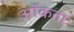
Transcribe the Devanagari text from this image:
आँकता